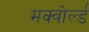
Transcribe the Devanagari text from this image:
मक्वोर्ल्ड